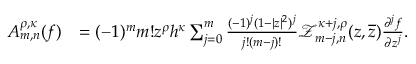
\begin{array} { r l } { A _ { m , n } ^ { \rho , \kappa } ( f ) } & { = ( - 1 ) ^ { m } m ! z ^ { \rho } h ^ { \kappa } \sum _ { j = 0 } ^ { m } \frac { ( - 1 ) ^ { j } ( 1 - | z | ^ { 2 } ) ^ { j } } { j ! ( m - j ) ! } \mathcal { Z } _ { m - j , n } ^ { \kappa + j , \rho } ( z , \overline { { z } } ) \frac { \partial ^ { j } f } { \partial { z ^ { j } } } . } \end{array}